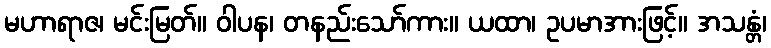
မဟာရာဇ၊ မင်းမြတ်။ ဝါပန၊ တနည်းသော်ကား။ ယထာ၊ ဥပမာအားဖြင့်။ အသန္တံ၊